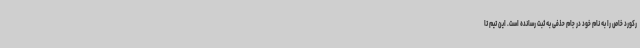
رکورد خاص را به نام خود در جام حذفی به ثبت رسانده است. این تیم تا